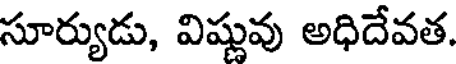
సూర్యుడు, విష్ణువు అధిదేవత.